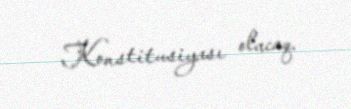
Konstitusiyası olacaq.